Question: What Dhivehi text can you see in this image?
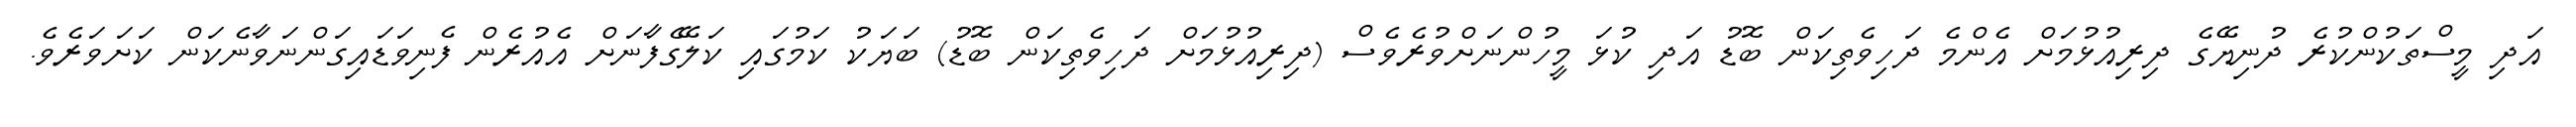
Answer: އަދި މީސްތަކުންކުރެ ދުނިޔޭގެ ދިރިއުޅުމަށް އެންމެ ދަހިވެތިކަން ބޮޑު އަދި ކުޅަ މީހުންނަށްވުރެވެސް (ދިރިއުޅުމަށް ދަހިވެތިކަން ބޮޑު) ބަޔަކު ކަމުގައި ކަލޭގެފާނަށް އެއުރެން ފެނިވަޑައިގަންނަވާނެކަން ކަށަވަރެވެ.